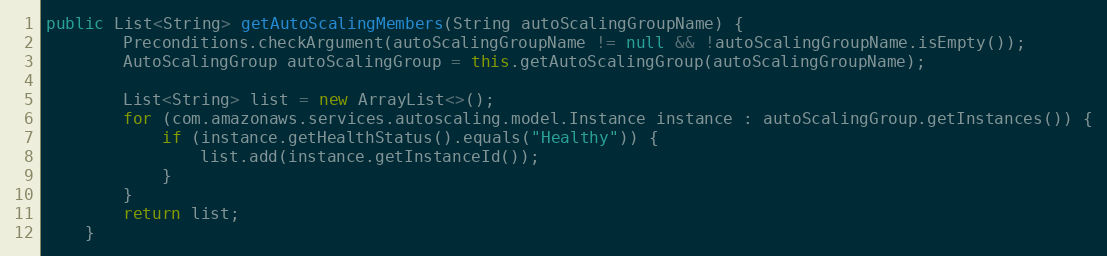
Language: Java
public List<String> getAutoScalingMembers(String autoScalingGroupName) {
        Preconditions.checkArgument(autoScalingGroupName != null && !autoScalingGroupName.isEmpty());
        AutoScalingGroup autoScalingGroup = this.getAutoScalingGroup(autoScalingGroupName);

        List<String> list = new ArrayList<>();
        for (com.amazonaws.services.autoscaling.model.Instance instance : autoScalingGroup.getInstances()) {
            if (instance.getHealthStatus().equals("Healthy")) {
                list.add(instance.getInstanceId());
            }
        }
        return list;
    }